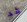
قد